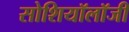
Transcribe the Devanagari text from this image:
सोशियॉलॉजी